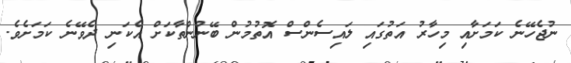
ނުޖެހޭނެ ކަމަށާއި މިހާރު އަތުގައި ލައިސެންސް އޮތުމުން ބޭނުންތާކަށް އެކަނި ދެވޭނެ ކަމަށެވެ.